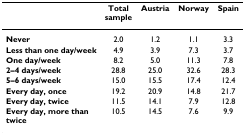
|  | Total sample | Austria | Norway | Spain |
 | --- | --- | --- | --- | --- |
 | Never | 2.0 | 1.2 | 1.1 | 3.3 |
 | Less than one day/week | 4.9 | 3.9 | 7.3 | 3.7 |
 | One day/week | 8.2 | 5.0 | 11.3 | 7.8 |
 | 2–4 days/week | 28.8 | 25.0 | 32.6 | 28.3 |
 | 5–6 days/week | 15.0 | 15.5 | 17.4 | 12.4 |
 | Every day, once | 19.2 | 20.9 | 14.8 | 21.7 |
 | Every day, twice | 11.5 | 14.1 | 7.9 | 12.8 |
 | Every day, more than twice | 10.5 | 14.5 | 7.6 | 9.9 |